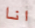
انا